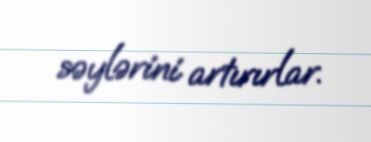
səylərini artırırlar.